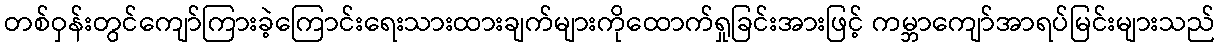
တစ်ဝှန်းတွင်ကျော်ကြားခဲ့ကြောင်းရေးသားထားချက်များကိုထောက်ရှုခြင်းအားဖြင့် ကမ္ဘာကျော်အာရပ်မြင်းများသည်